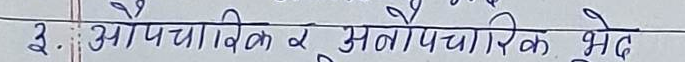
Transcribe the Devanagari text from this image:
३. औपचारिक र अनौपचारिक भेद